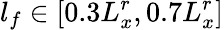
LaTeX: l_{f}\in[0.3L_{x}^{r},0.7L_{x}^{r}]